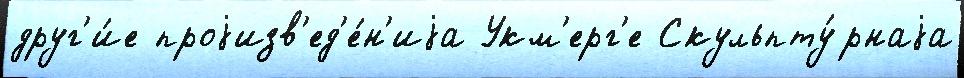
друг'и́е проjизв'ед'е́н'иjа Укм'ерг'е Скульпту́рнаjа